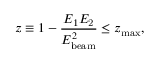
z \equiv 1 - { \frac { E _ { \mathrm { 1 } } E _ { \mathrm { 2 } } } { E _ { \mathrm { b e a m } } ^ { 2 } } } \leq z _ { \mathrm { m a x } } ,